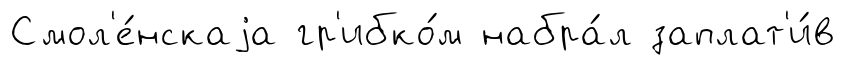
Смол'е́нскаjа гр'ибко́м набра́л заплат'и́в